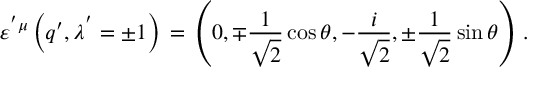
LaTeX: \varepsilon ^ { ' \mu } \left( q ^ { \prime } , \lambda ^ { ' } = \pm 1 \right) \, = \, \left( 0 , \mp { \frac { 1 } { \sqrt { 2 } } } \cos \theta , - { \frac { i } { \sqrt { 2 } } } , \pm { \frac { 1 } { \sqrt { 2 } } } \sin \theta \right) \, .